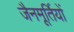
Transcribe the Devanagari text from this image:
जैनमूर्तियों